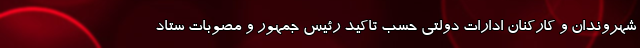
شهروندان و کارکنان ادارات دولتی حسب تاکید رئیس جمهور و مصوبات ستاد